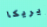
إيريكا